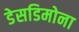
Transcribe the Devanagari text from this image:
डेसडिमोना